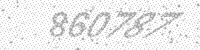
Solution: 860787